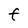
Character: F